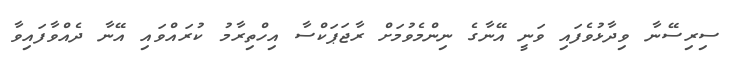
ސިރިސޭނާ ވިދާޅުވެފައި ވަނީ އޭނާގެ ނިންމެވުމަށް ރާޖަޕަކްސާ އިހްތިރާމު ކުރައްވައި އޭނާ ދެއްވާފައިވާ